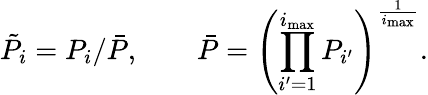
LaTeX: \tilde{P}_{i}=P_{i}/\bar{P},\qquad\bar{P}=\left(\prod_{i^{\prime}=1}^{i_{\mathrm{max}}}P_{i^{\prime}}\right)^{\frac 1{i_{\mathrm{max}}}}.